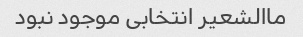
ماالشعیر انتخابی موجود نبود